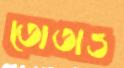
তোতাও